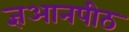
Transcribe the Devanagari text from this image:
ज्ञआनपीठ